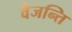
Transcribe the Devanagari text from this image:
वैजन्ति